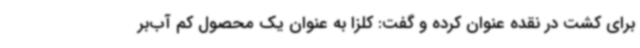
برای کشت در نقده عنوان کرده و گفت: کلزا به عنوان یک محصول کم آب‌بر